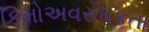
કિમોઅવરોધકતા